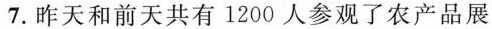
7.昨天和前天共有1200人参观了农产品展